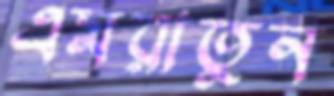
এমরাতুন